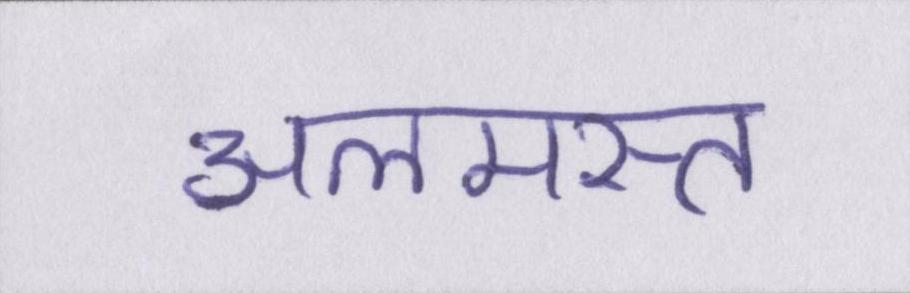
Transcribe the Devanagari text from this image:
अलमस्त